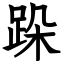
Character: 跺